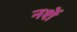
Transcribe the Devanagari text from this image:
नशें